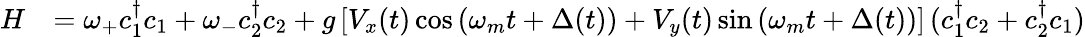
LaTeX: \begin{array}{rl}{H}&{=\omega_{+}c_{1}^{\dagger}c_{1}+\omega_{-}c_{2}^{\dagger}c_{2}+g\left[V_{x}(t)\cos\left(\omega_{m}t+\Delta(t)\right)+V_{y}(t)\sin\left(\omega_{m}t+\Delta(t)\right)\right]\, (c_{1}^{\dagger}c_{2}+c_{2}^{\dagger}c_{1})}\end{array}